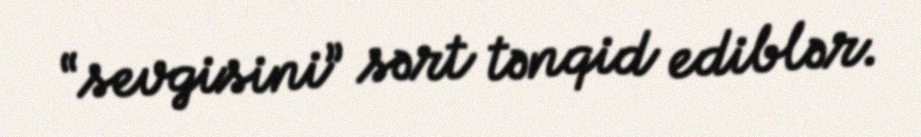
“sevgisini” sərt tənqid ediblər.